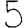
Digit: 5